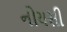
નોયસી